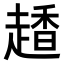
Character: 𧽂